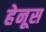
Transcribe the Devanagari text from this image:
हेनूस